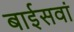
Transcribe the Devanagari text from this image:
बाईसवां